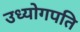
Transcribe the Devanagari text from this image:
उध्योगपति